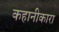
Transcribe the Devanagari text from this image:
कहानीकारा